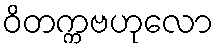
ဝိတက္ကဗဟုလော